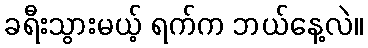
ခရီးသွားမယ့် ရက်က ဘယ်နေ့လဲ။